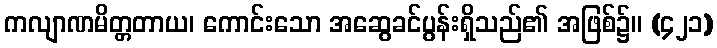
ကလျာဏမိတ္တတာယ၊ ကောင်းသော အဆွေခင်ပွန်းရှိသည်၏ အဖြစ်၌။ (၄၂၁)